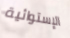
الإستوائية